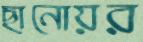
ছানোয়র